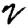
Digit: 2